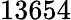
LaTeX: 13654